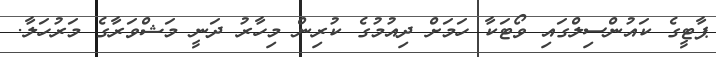
ޕާޓީގެ ކައުންސިލްގައި ވޯޓަކާ ހަމަށް ދިއުމުގެ ކުރިން މިހާރު ދަނީ މަޝްވަރާގެ މަރުހަލާ.